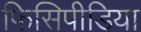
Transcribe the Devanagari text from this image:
फिसिपीडिया